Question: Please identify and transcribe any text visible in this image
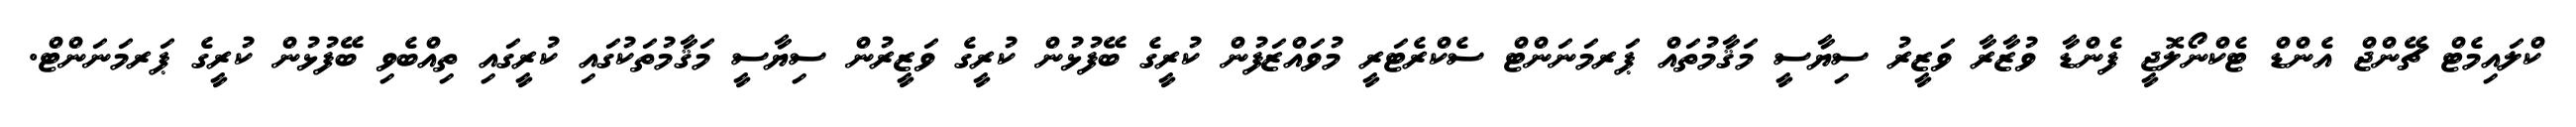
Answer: ކްލައިމެޓް ޗޭންޖް އެންޑް ޓެކްނޯލޮޖީ ފެންޑާ ވުޒާރާ ވަޒީރު ސިޔާސީ މަޤާމުތައް ޕަރމަނަންޓް ސެކްރެޓަރީ މުވައްޒަފުން ކުރީގެ ބޭފުޅުން ކުރީގެ ވަޒީރުން ސިޔާސީ މަޤާމުތަކުގައި ކުރީގައި ތިއްބެވި ބޭފުޅުން ކުރީގެ ޕަރމަނަންޓް.